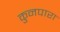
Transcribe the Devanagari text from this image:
कुनपारा